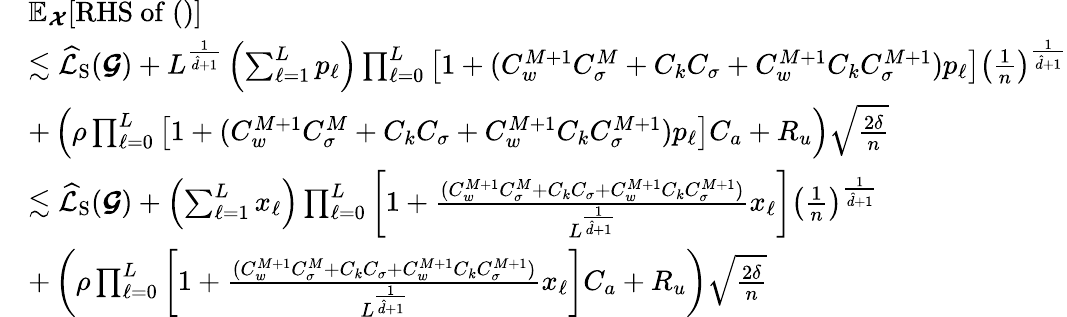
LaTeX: \begin{array}{rl}&{\mathbb{E}_{\boldsymbol{\mathcal{X}}}[\mathrm{RHS~of~()}]}\\ &{\lesssim\widehat{\mathcal{L}}_{\mathrm{S}}(\boldsymbol{\mathcal{G}})+L^{\frac{1}{\hat{d}+1}}\left(\sum_{\ell=1}^{L}p_{\ell}\right)\prod_{\ell=0}^{L}\left[1+(C_{w}^{M+1}C_{\sigma}^{M}+C_{k}C_{\sigma}+C_{w}^{M+1}C_{k}C_{\sigma}^{M+1})p_{\ell}\right]\left(\frac{1}{n}\right)^{\frac{1}{\hat{d}+1}}}\\ &{+\left(\rho\prod_{\ell=0}^{L}\left[1+(C_{w}^{M+1}C_{\sigma}^{M}+C_{k}C_{\sigma}+C_{w}^{M+1}C_{k}C_{\sigma}^{M+1})p_{\ell}\right]C_{a}+R_{u}\right)\sqrt{\frac{2\delta}{n}}}\\ &{\lesssim\widehat{\mathcal{L}}_{\mathrm{S}}(\boldsymbol{\mathcal{G}})+\left(\sum_{\ell=1}^{L}x_{\ell}\right)\prod_{\ell=0}^{L}\left[1+\frac{(C_{w}^{M+1}C_{\sigma}^{M}+C_{k}C_{\sigma}+C_{w}^{M+1}C_{k}C_{\sigma}^{M+1})}{L^{\frac{1}{\hat{d}+1}}}x_{\ell}\right]\left(\frac{1}{n}\right)^{\frac{1}{\hat{d}+1}}}\\ &{+\left(\rho\prod_{\ell=0}^{L}\left[1+\frac{(C_{w}^{M+1}C_{\sigma}^{M}+C_{k}C_{\sigma}+C_{w}^{M+1}C_{k}C_{\sigma}^{M+1})}{L^{\frac{1}{\hat{d}+1}}}x_{\ell}\right]C_{a}+R_{u}\right)\sqrt{\frac{2\delta}{n}}}\end{array}